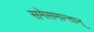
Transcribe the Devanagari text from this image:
समेसमान्तान्